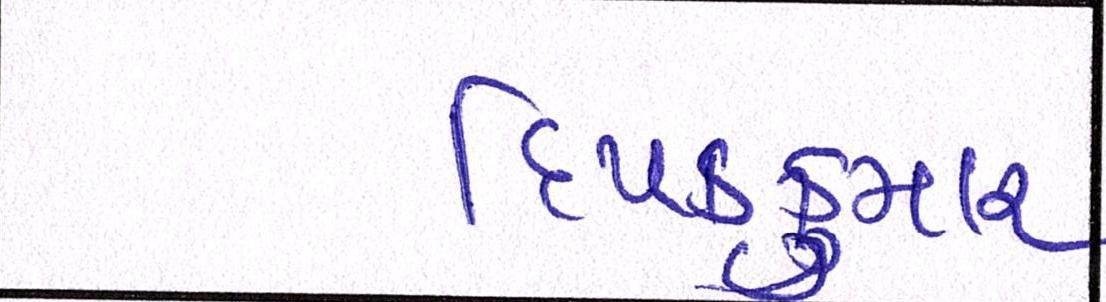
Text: દિપકકુમાર